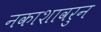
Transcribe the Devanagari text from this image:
नकाशावरुन